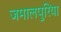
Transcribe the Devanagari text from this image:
जमालपुरिया